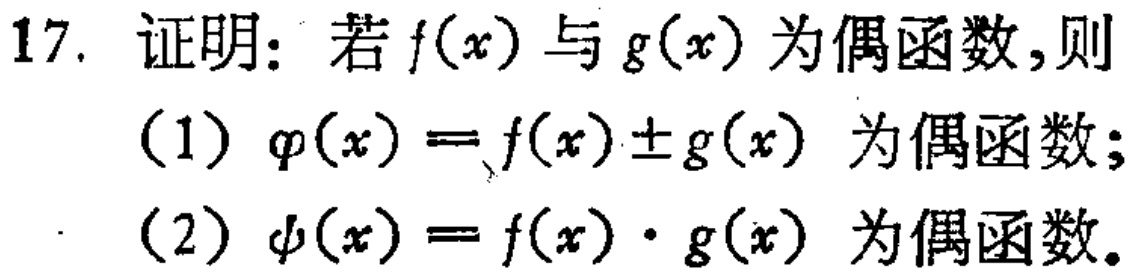
17. 证明：若\(f(x)\)与\(g(x)\)为偶函数，则

（1）\(\varphi(x)=f(x)\pm g(x)\) 为偶函数；

（2）\(\psi(x)=f(x)\cdot g(x)\) 为偶函数。